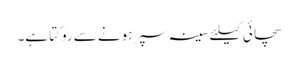
سچائی کیلئے سینہ سپر ہونے سے روکتا ہے۔